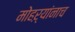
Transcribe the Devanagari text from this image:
मोहऱ्यांनाच